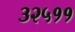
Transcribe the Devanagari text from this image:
३२५११